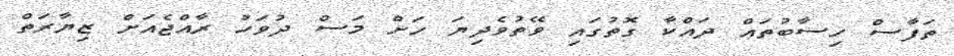
ތަފާސް ހިސާބުތައް ދައްކާ ގޮތުގައި ވޭތުވެދިޔަ ހަށް މަސް ދުވަހު ރާއްޖެއަށް ޒިޔާރަތް